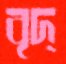
বৃদ্